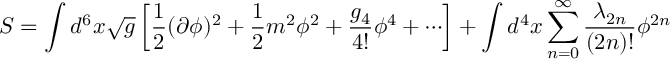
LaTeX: S = \int d ^ { 6 } x \sqrt { g } \left[ { \frac { 1 } { 2 } } ( \partial \phi ) ^ { 2 } + { \frac { 1 } { 2 } } m ^ { 2 } \phi ^ { 2 } + { \frac { g _ { 4 } } { 4 ! } } \phi ^ { 4 } + \cdots \right] + \int d ^ { 4 } x \sum _ { n = 0 } ^ { \infty } { \frac { \lambda _ { 2 n } } { ( 2 n ) ! } } \phi ^ { 2 n }